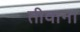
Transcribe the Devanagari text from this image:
तीवाना